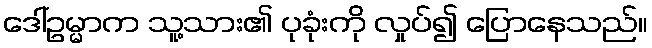
ဒေါ်ဥမ္မာက သူ့သား၏ ပုခုံးကို လှုပ်၍ ပြောနေသည်။